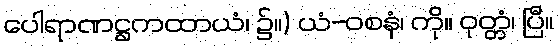
ပေါရာဏဋ္ဌကထာယံ၊ ၌။) ယံ-ဝစနံ၊ ကို။ ဝုတ္တံ၊ ပြီ။